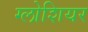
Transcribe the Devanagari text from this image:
ग्लोशियर